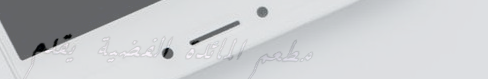
مطعم المائدة الفضية يقدم